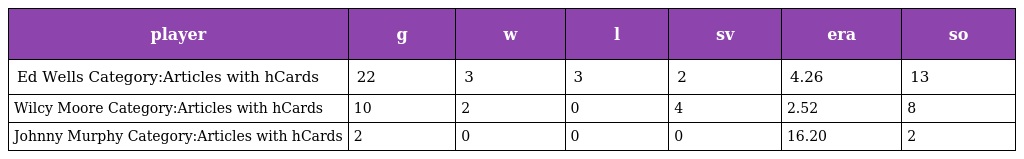
| player | g | w | l | sv | era | so |
 | --- | --- | --- | --- | --- | --- | --- |
 | Ed Wells Category:Articles with hCards | 22 | 3 | 3 | 2 | 4.26 | 13 |
 | Wilcy Moore Category:Articles with hCards | 10 | 2 | 0 | 4 | 2.52 | 8 |
 | Johnny Murphy Category:Articles with hCards | 2 | 0 | 0 | 0 | 16.20 | 2 |